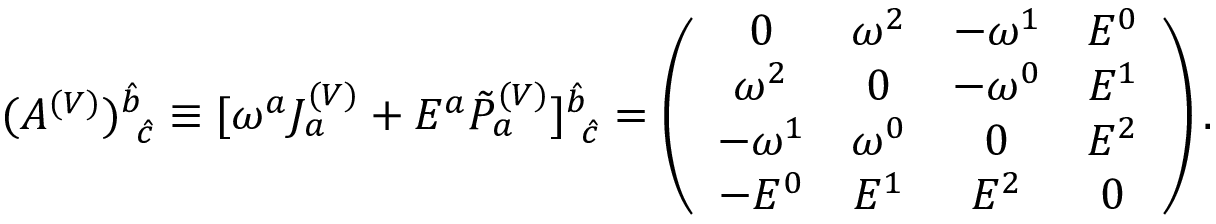
( A ^ { ( V ) } ) _ { \mathrm { ~ } \hat { c } } ^ { \hat { b } } \equiv [ \omega ^ { a } J _ { a } ^ { ( V ) } + E ^ { a } \tilde { P } _ { a } ^ { ( V ) } ] _ { \mathrm { ~ } \hat { c } } ^ { \hat { b } } = \left( \begin{array} { c c c c } { { 0 } } & { { \omega ^ { 2 } } } & { { - \omega ^ { 1 } } } & { { E ^ { 0 } } } \\ { { \omega ^ { 2 } } } & { { 0 } } & { { - \omega ^ { 0 } } } & { { E ^ { 1 } } } \\ { { - \omega ^ { 1 } } } & { { \omega ^ { 0 } } } & { { 0 } } & { { E ^ { 2 } } } \\ { { - E ^ { 0 } } } & { { E ^ { 1 } } } & { { E ^ { 2 } } } & { { 0 } } \end{array} \right) .